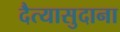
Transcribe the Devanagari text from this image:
दैत्‍यासुदाना